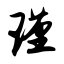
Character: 瑾